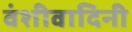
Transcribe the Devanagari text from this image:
वंशीवादिनी